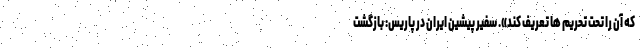
که آن را تحت تحریم ها تعریف کند». سفیر پیشین ایران در پاریس: بازگشت